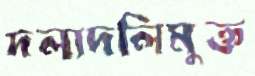
দলাদলিমুক্ত